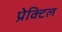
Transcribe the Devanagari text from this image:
प्रेक्टिल